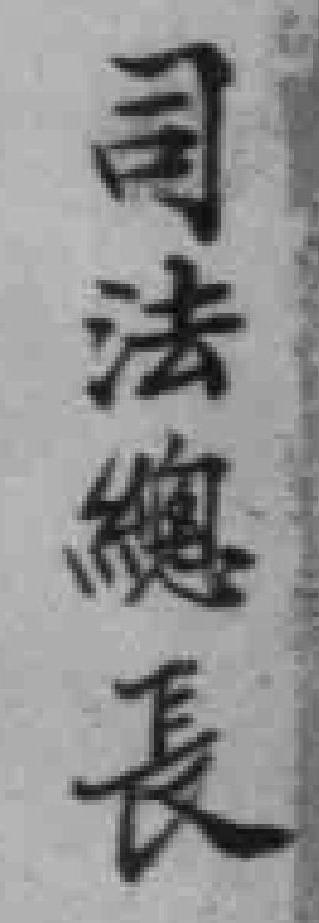
司法總長